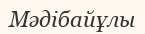
Мәдібайұлы